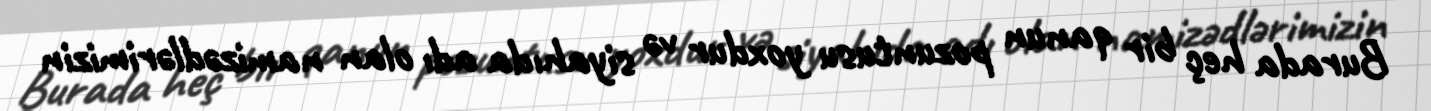
Burada heç bir qanun pozuntusu yoxdur və siyahıda adı olan namizədlərimizin